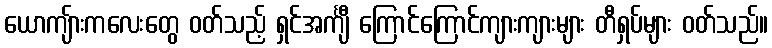
ယောကျ်ားကလေးတွေ ဝတ်သည့် ရှင်အင်္ကျီ ကြောင်ကြောင်ကျားကျားများ တီရှပ်များ ဝတ်သည်။